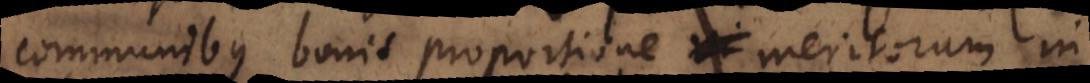
communibus bonis proportione meritorum in